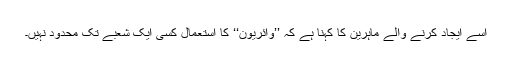
اسے ایجاد کرنے والے ماہرین کا کہنا ہے کہ ’’وائریون‘‘ کا استعمال کسی ایک شعبے تک محدود نہیں۔